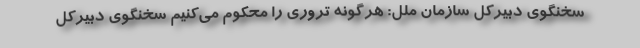
سخنگوی دبیرکل سازمان ملل: هرگونه تروری را محکوم می‌کنیم سخنگوی دبیرکل